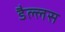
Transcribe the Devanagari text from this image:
डैल्लस